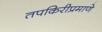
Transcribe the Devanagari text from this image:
तपकिरीप्रमाणे